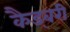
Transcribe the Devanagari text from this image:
कैड्बरी